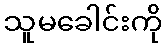
သူမခေါင်းကို